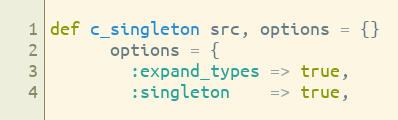
Language: Ruby
def c_singleton src, options = {}
      options = {
        :expand_types => true,
        :singleton    => true,